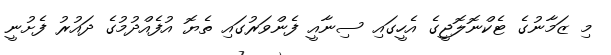
މި ޒަމާނުގެ ޓެކްނޮލޮޖީގެ އެހީގައި ސިނާއީ ފެންވަރުގައި ތެޔޮ އުފެއްދުމުގެ ދައުރު ފެށުނީ